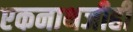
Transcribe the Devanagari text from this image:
एकनाथजीही